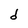
Character: d